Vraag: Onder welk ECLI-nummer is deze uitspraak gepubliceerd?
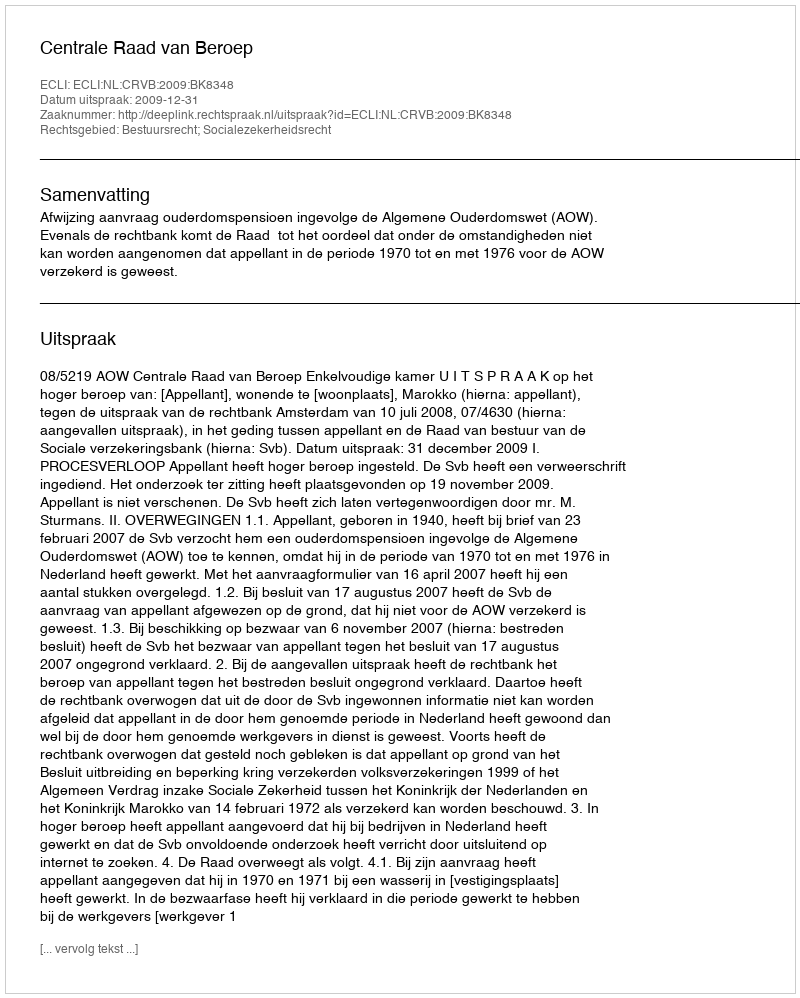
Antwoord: ECLI:NL:CRVB:2009:BK8348